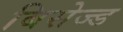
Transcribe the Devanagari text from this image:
बिसेज्ड